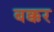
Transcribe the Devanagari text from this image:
बक्कर